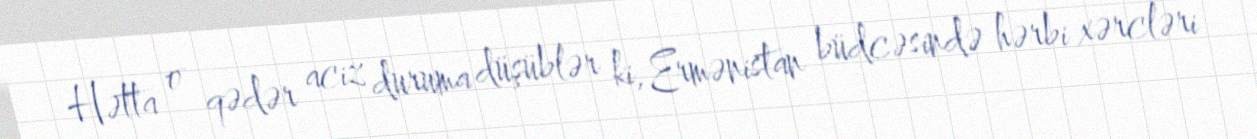
Hətta o qədər aciz duruma düşüblər ki, Ermənistan büdcəsində hərbi xərcləri